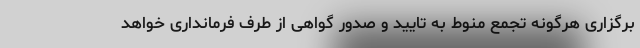
برگزاری هرگونه تجمع منوط به تایید و صدور گواهی از طرف فرمانداری خواهد